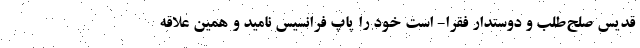
قدیس صلح‌طلب و دوستدار فقرا- است خود را پاپ فرانسیس نامید و همین علاقه